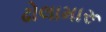
ઢોલામારૂ